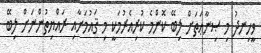
ވީހިނދު މި ޞިނާޢަތަށް ލިބޭ ކޮންމެ ކުރިއެރުމަކީ މި ޤައުމަށާއި ރައްޔިތުންނަށް ލިބޭ